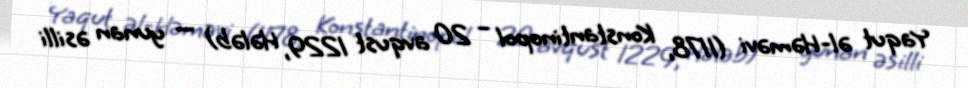
Yaqut əl-Həməvi (1178, Konstantinopol – 20 avqust 1229, Hələb) — yunan əsilli